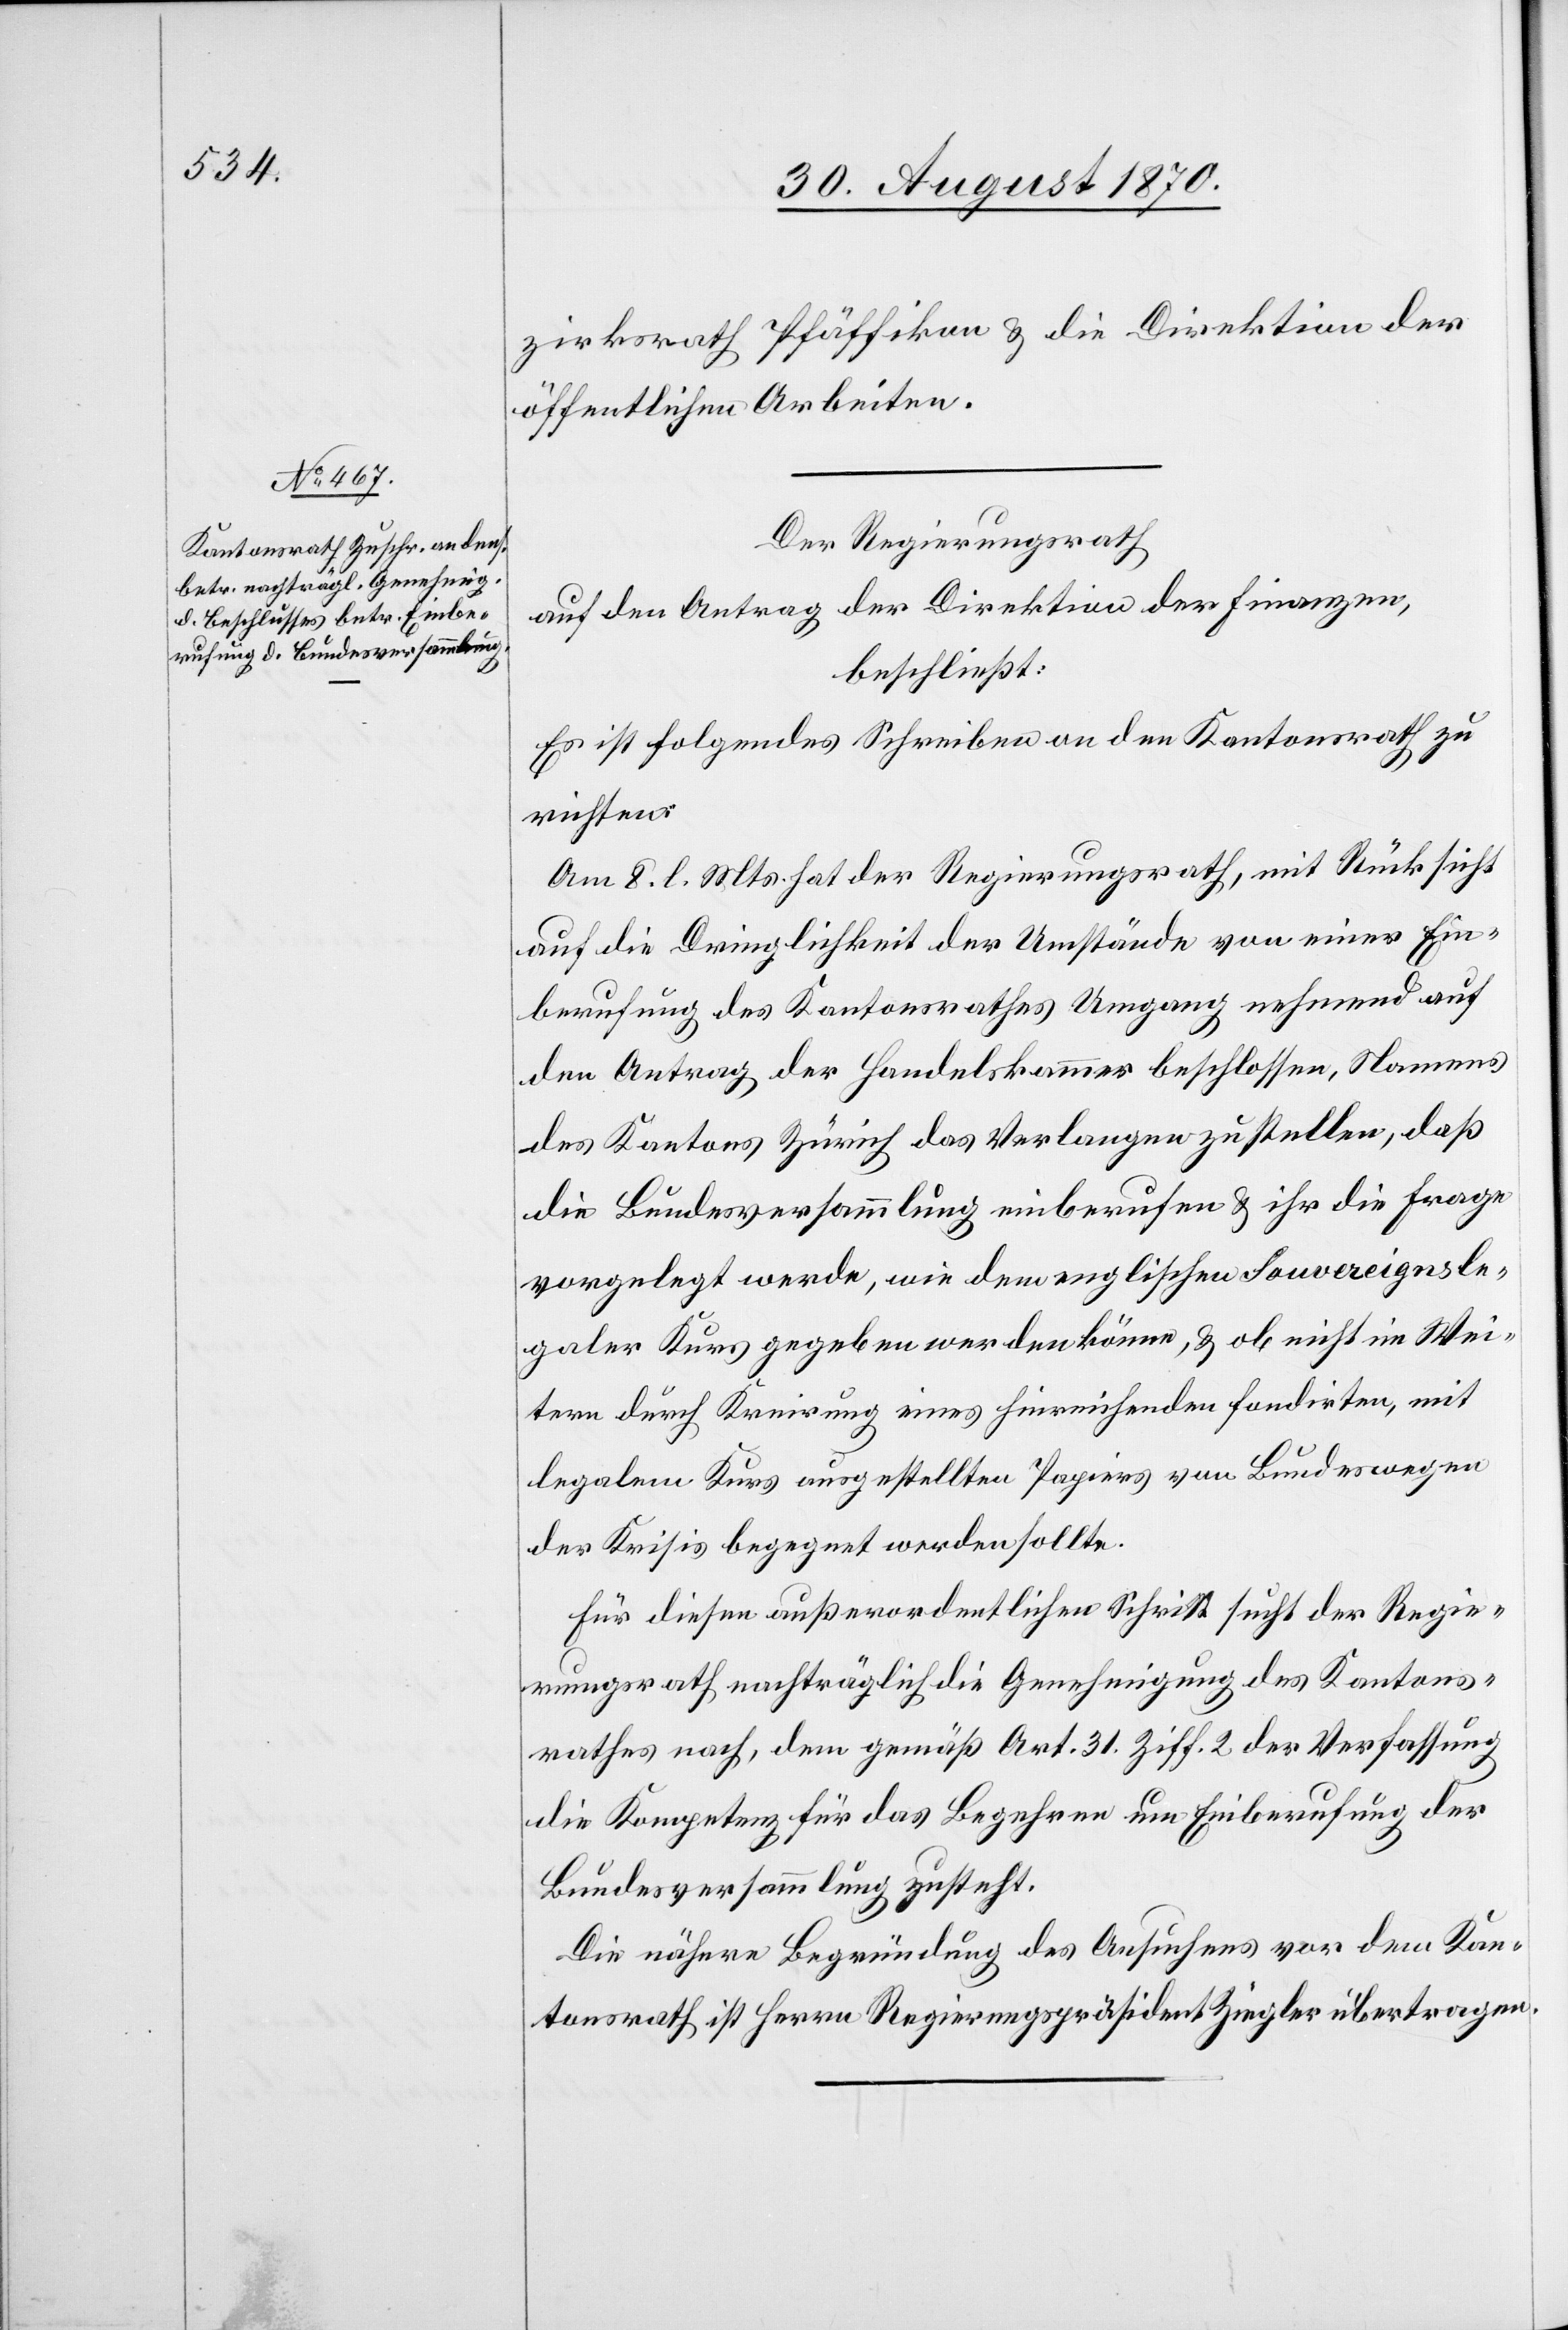
zirksrath Pfäffikon & die Direktion der
öffentlichen Arbeiten.
Der Regierungsrath
auf den Antrag der Direktion der Finanzen,
beschließt:
Es ist folgendes Schreiben an den Kantonsrath zu
richten:
Am 8. l. Mts. hat der Regierungsrath, mit Rücksicht
auf die Dringlichkeit der Umstände von einer Ein¬
berufung des Kantonsrathes Umgang nehmend[,] auf
den Antrag der Handelskammer beschlossen, Namens
des Kantons Zürich das Verlangen zu stellen, daß
die Bundesversammlung einberufen & ihr die Frage
vorgelegt werde, wie dem englischen Sovereigns le¬
galer Kurs gegeben werden könne, & ob nicht im Wei¬
tern durch Kreirung eines hinreichenden fondirten, mit
legalem Kurs ausgestellten Papiers von Bundeswegen
der Krisis begegnet werden sollte.
Für diesen außerordentlichen Schritt sucht der Regie¬
rungsrath nachträglich die Genehmigung des Kantons¬
rathes nach, dem gemäß Art. 31 Ziff. 2 der Verfassung
die Kompetenz für das Begehren um Einberufung der
Bundesversammlung zusteht.
Die nähere Begründung des Ansuchens vor dem Kan¬
tonsrath ist Herrn Regierungspräsident Ziegler übertragen.